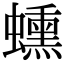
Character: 䗼